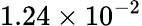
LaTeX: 1.24\times 10^{-2}